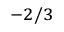
^ { - 2 / 3 }